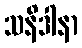
သနိဒါနာ